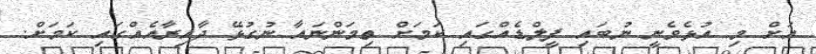
އަށް މި އުޅެވެނީ ނުބައި ފީލްޑެއްގައި ކަމަށް ތިމަންނައާ ނުގުޅޭ ދާއިރާއެއްގައި ކަމަށް.